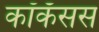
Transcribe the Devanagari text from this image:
कॉकॅसस